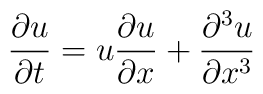
{\partial u \over {\partial t}} = u {\partial u \over {\partial x}}+{\partial^3 u \over {\partial x^3}}